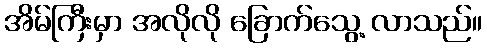
အိမ်ကြီးမှာ အလိုလို ခြောက်သွေ့ လာသည်။